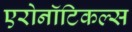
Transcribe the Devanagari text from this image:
एरोनॉटिकल्स